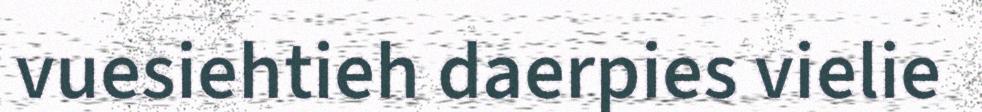
vuesiehtieh daerpies vielie